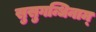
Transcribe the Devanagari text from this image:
सुसुगन्धिनाम्